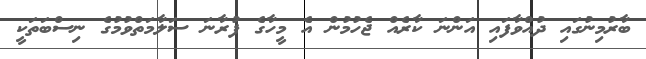
ބާރުމިނުގައި ދުއްވާފައި އަންނަ ކާރެއް ޖެހުމުން އެ މީހާގެ ފުރާނަ ސަލާމަތްވުމުގެ ނިސްބަތަކީ